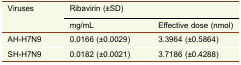
<table><thead><tr><td rowspan="2"><b>Viruses</b></td><td colspan="2"><b>Ribavirin (±SD)</b></td></tr><tr><td><b>mg/mL</b></td><td><b>Effective dose (nmol)</b></td></tr></thead><tbody><tr><td>AH-H7N9</td><td>0.0166 (±0.0029)</td><td>3.3964 (<i>±</i>0.5864)</td></tr><tr><td>SH-H7N9</td><td>0.0182 (±0.0021)</td><td>3.7186 (<i>±</i>0.4288)</td></tr></tbody></table>